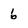
Character: 6